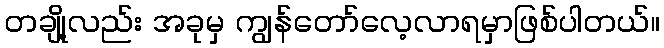
တချို့လည်း အခုမှ ကျွန်တော်လေ့လာရမှာဖြစ်ပါတယ်။